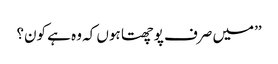
’’میں صرف پوچھتا ہوں کہ وہ ہے کون؟